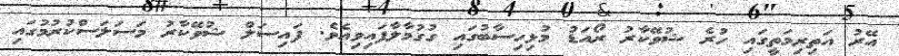
އޭރު އަތިރިމަތީގައި ހުރެ ޝުވޭކާރު ރޯއަޑު މުޅިހިސާބުގައި ގުގުމާލާފައިވިއެވެ. ފައިސަލް ޝުވޭކާރު މަސަލަސްކުރުމުގައި